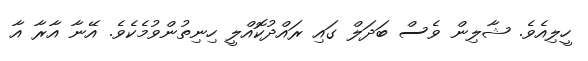
ހީލިއެވެ. ޝާލިން ވެސް ބަދަލް ގައި ރައްދުކޮއްލީ ހިނިތުންވުމެކެވެ. އޭނާ އާރާ އާ